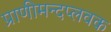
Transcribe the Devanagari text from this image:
प्राणीमन्दप्लवक